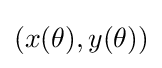
(x(\theta ),y(\theta ))